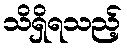
သိရှိရသည့်